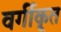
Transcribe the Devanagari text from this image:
वर्गीकृ्त